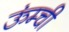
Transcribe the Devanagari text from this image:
ऊंम्ची